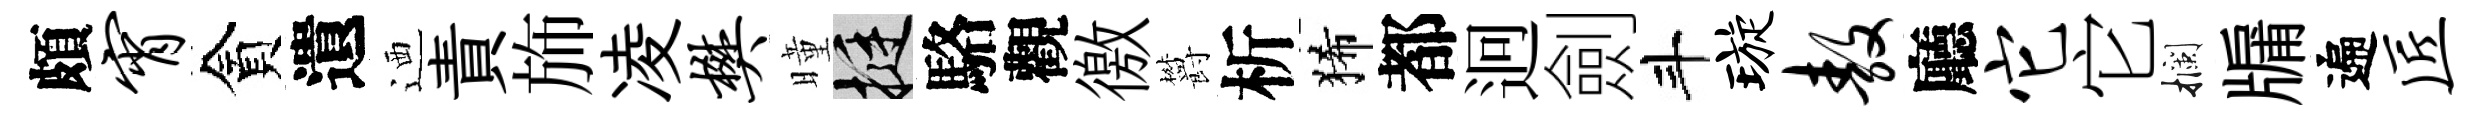
頗宵貪遺迺責斾凌樊曈挺駱觀徼欝析狶都迥劍斗璇敖廳它它攔牖遍匠